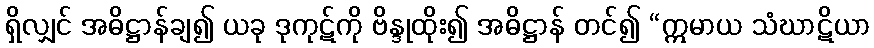
ရှိလျှင် အဓိဋ္ဌာန်ချ၍ ယခု ဒုကုဋ်ကို ဗိန္ဒုထိုး၍ အဓိဋ္ဌာန် တင်၍ “ဣမာယ သံဃာဋိယာ